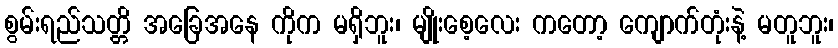
စွမ်းရည်သတ္တိ အခြေအနေ ကိုက မရှိဘူး၊ မျိုးစေ့လေး ကတော့ ကျောက်တုံးနဲ့ မတူဘူး၊